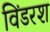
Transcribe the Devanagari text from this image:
विंडरश